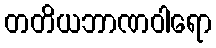
တတိယဘာဏဝါရော